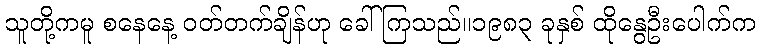
သူတို့ကမူ စနေနေ့ ဝတ်တက်ချိန်ဟု ခေါ်ကြသည်။၁၉၈၃ ခုနှစ် ထိုနွေဦးပေါက်က